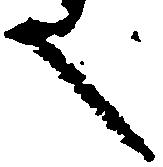
文